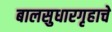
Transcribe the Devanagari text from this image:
बालसुधारगृहाचे